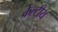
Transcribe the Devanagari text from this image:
केल्टीय